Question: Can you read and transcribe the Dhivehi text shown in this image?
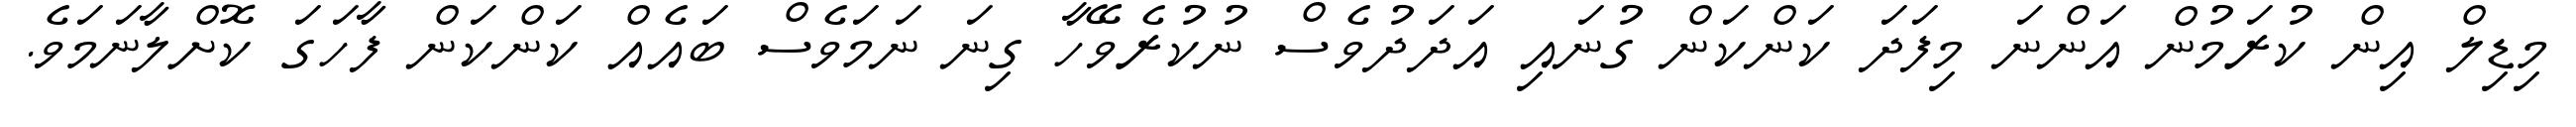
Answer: މިޑިލް އިން ކުރަމުން އަންނަ މިފަދަ ކަންކަން ގުނައި އަދަދުވެސް ނުކުރެވޭހާ ގިނަ ނަމަވެސް ބައެއް ކަންކަން ފާހަގަ ކޮށްލާނަމަވެ.